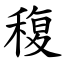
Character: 稪